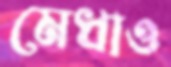
মেধাও